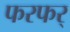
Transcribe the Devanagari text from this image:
फरफर्